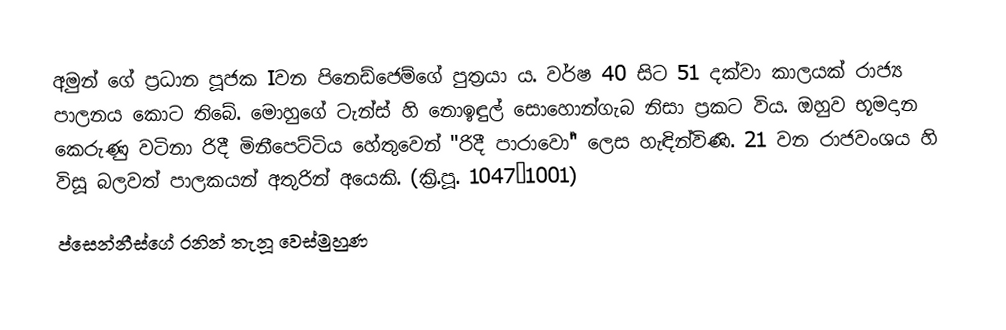
අමුන් ගේ ප්‍රධාන පූජක Iවන පිනෙඩ්ජෙම්ගේ පුත්‍රයා ය. වර්ෂ 40 සිට 51 දක්වා කාලයක් රාජ්‍ය පාලනය කොට තිබේ. මොහුගේ ටැන්ස් හි නොඉඳුල් සොහොන්ගැබ නිසා ප්‍රකට විය. ඔහුව භූමදාන කෙරුණු වටිනා රිදී මිනීපෙට්ටිය හේතුවෙන් "රිදී පාරාවෝ" ලෙස හැඳින්විණි. 21 වන රාජවංශය හි විසූ බලවත් පාලකයන් අතුරින් ‍අයෙකි.	(ක්‍රි.පූ. 1047–1001)
ප්සෙන්නීස්ගේ රනින් තැනූ වෙස්මුහුණ